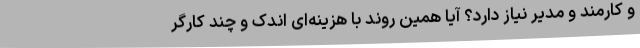
و کارمند و مدیر نیاز دارد؟ آیا همین روند با هزینه‌ای اندک و چند کارگر